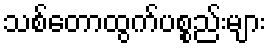
သစ်တောထွက်ပစ္စည်းများ